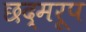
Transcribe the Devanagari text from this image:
छद्मरूप